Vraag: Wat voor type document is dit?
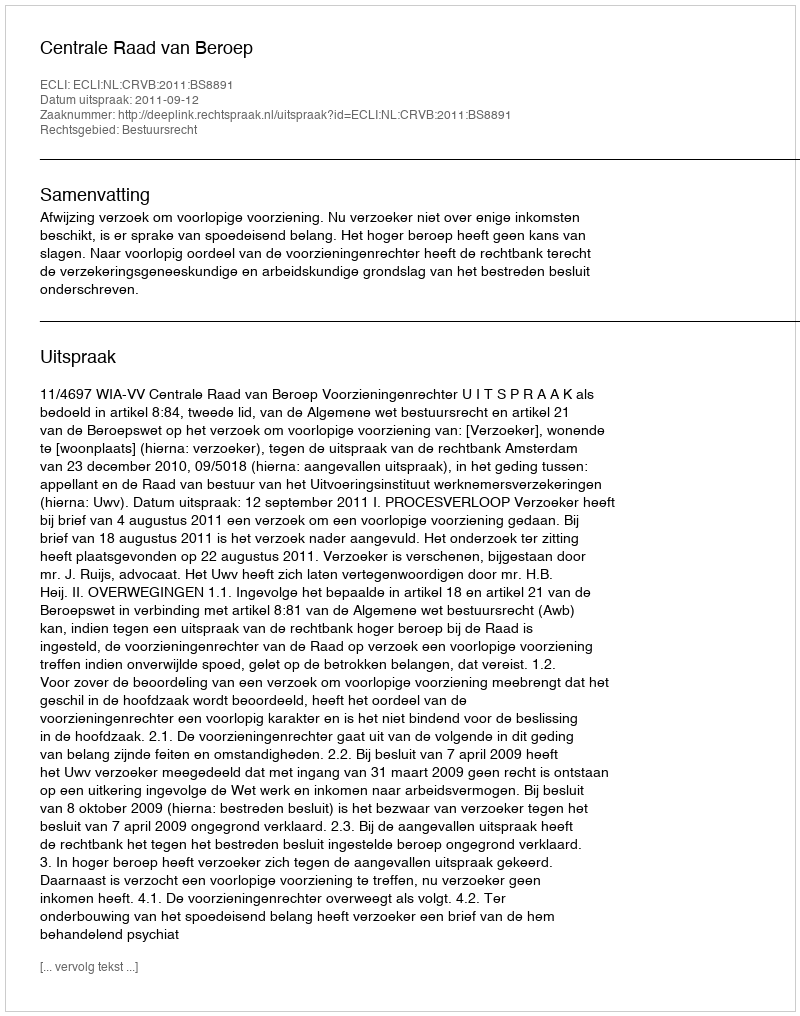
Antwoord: Uitspraak